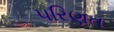
પરિણત